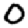
Digit: 0